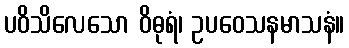
ပဝိသိလေသော ဝိဓုရံ၊ ဥပဝေသနမာသနံ။